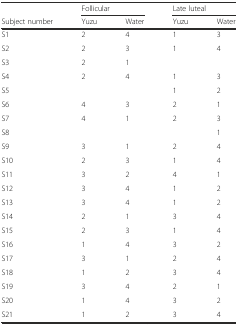
|  | <COLSPAN=2> Follicular | <COLSPAN=2> Late luteal |
 | Subject number | Yuzu | Water | Yuzu | Water |
 | --- | --- | --- | --- | --- |
 | S1 | 2 | 4 | 1 | 3 |
 | S2 | 2 | 3 | 1 | 4 |
 | S3 | 2 | 1 |  |  |
 | S4 | 2 | 4 | 1 | 3 |
 | S5 |  |  | 1 | 2 |
 | S6 | 4 | 3 | 2 | 1 |
 | S7 | 4 | 1 | 2 | 3 |
 | S8 |  |  |  | 1 |
 | S9 | 3 | 1 | 2 | 4 |
 | S10 | 2 | 3 | 1 | 4 |
 | S11 | 3 | 2 | 4 | 1 |
 | S12 | 3 | 4 | 1 | 2 |
 | S13 | 3 | 4 | 1 | 2 |
 | S14 | 2 | 1 | 3 | 4 |
 | S15 | 2 | 3 | 1 | 4 |
 | S16 | 1 | 4 | 3 | 2 |
 | S17 | 3 | 1 | 2 | 4 |
 | S18 | 1 | 2 | 3 | 4 |
 | S19 | 3 | 4 | 2 | 1 |
 | S20 | 1 | 4 | 3 | 2 |
 | S21 | 1 | 2 | 3 | 4 |